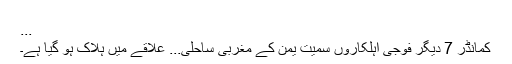
...
کمانڈر 7 دیگر فوجی اہلکاروں سمیت یمن کے مغربی ساحلی... علاقے میں ہلاک ہو گیا ہے۔